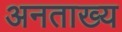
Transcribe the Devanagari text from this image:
अनताख्य